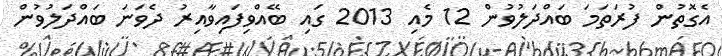
އެގޮތުން ފުރަތަމަ ބައްދަލުވުން 12 މެއި 2013 ގައި ބޭއްވިފައިވާއިރު ދެވަނަ ބައްދަލުވުން